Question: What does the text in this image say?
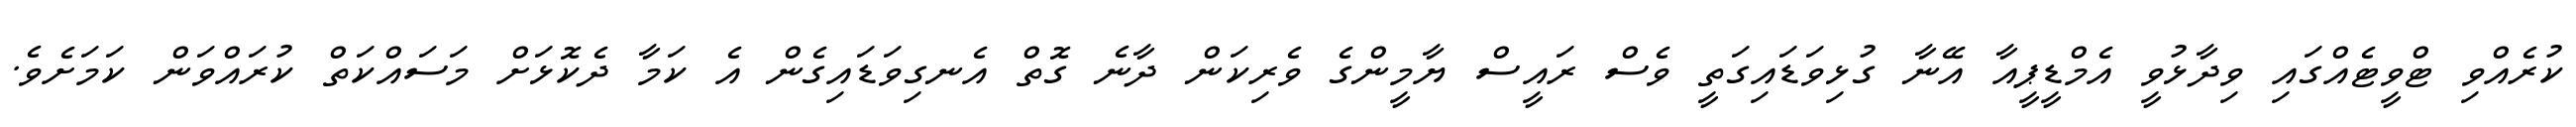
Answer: ކުރެއްވި ޓްވީޓެއްގައި ވިދާޅުވީ އެމްޑީޕީއާ އޭނާ ގުޅިވަޑައިގަތީ ވެސް ރައީސް ޔާމީންގެ ވެރިކަން ދާނެ ގޮތް އެނގިވަޑައިގެން އެ ކަމާ ދެކޮޅަށް މަސައްކަތް ކުރައްވަން ކަމަށެވެ.